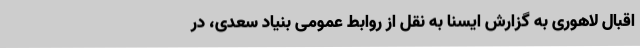
اقبال لاهوری به گزارش ایسنا به نقل از روابط عمومی بنیاد سعدی، در